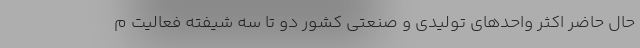
حال حاضر اکثر واحدهای تولیدی و صنعتی کشور دو تا سه شیفته فعالیت م